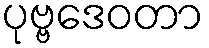
ပုဗ္ဗဒေဝတာ